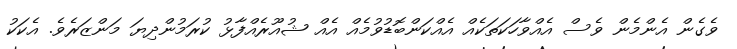
ވެގެން އެންމެން ވެސް އެއްވާހަކަތަކެއް އެއްކަންބޮޑުވުމެއް އެއް ޝުއޫރެއްފާޅު ކުރަމުންދިޔަ މަންޒަރެވެ. އެކަކު